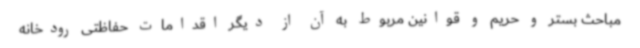
مباحث بستر و حریم و قوانین مربوط به آن از دیگر اقدامات حفاظتی رودخانه